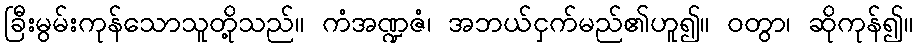
ခြီးမွမ်းကုန်သောသူတို့သည်။ ကံအဏ္ဍဇံ၊ အဘယ်ငှက်မည်၏ဟူ၍။ ဝတွာ၊ ဆိုကုန်၍။